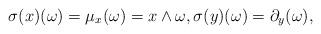
LaTeX: \begin{align*}\sigma(x)(\omega) = \mu_x(\omega) = x\wedge \omega,\sigma(y)(\omega) = \partial_y(\omega),\end{align*}